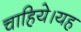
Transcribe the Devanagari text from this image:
चाहिये।यह